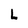
Character: L